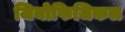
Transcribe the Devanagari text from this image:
जियोफिजिकल